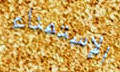
الإستمناء